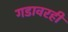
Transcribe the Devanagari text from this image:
गडावरही